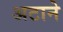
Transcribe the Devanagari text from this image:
अटाने